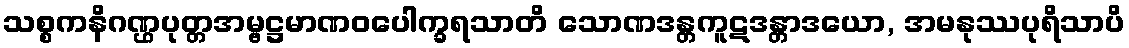
သစ္စကနိဂဏ္ဌပုတ္တအမ္ဗဋ္ဌမာဏဝပေါက္ခရသာတိ သောဏဒန္တကူဋဒန္တာဒယော, အမနုဿပုရိသာပိ